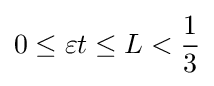
0\leq \varepsilon t\leq L<{\frac {1}{3}}